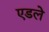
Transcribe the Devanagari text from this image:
एडले